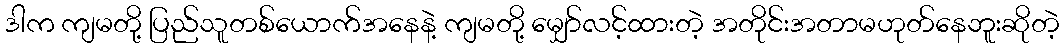
ဒါက ကျမတို့ ပြည်သူတစ်ယောက်အနေနဲ့ ကျမတို့ မျှော်လင့်ထားတဲ့ အတိုင်းအတာမဟုတ်နေဘူးဆိုတဲ့